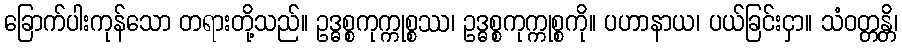
ခြောက်ပါးကုန်သော တရားတို့သည်။ ဥဒ္ဓစ္စကုက္ကုစ္စဿ၊ ဥဒ္ဓစ္စကုက္ကုစ္စကို။ ပဟာနာယ၊ ပယ်ခြင်းငှာ။ သံဝတ္တန္တိ၊